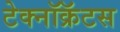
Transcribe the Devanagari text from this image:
टेक्नॉक्रॅटस